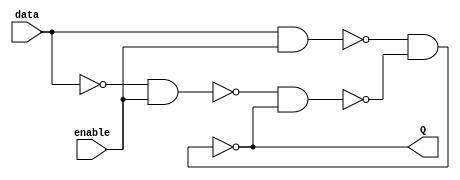
module DLatch(
  input wire enable,
  input wire data,
  output wire Q
);

  not(data_, data);
  nand(x, data, enable);
  nand(y, data_, enable); 
  nand(Q, x, Q1);
  nand(Q1, y, Q); 

endmodule // DLatch



module DFlipFlop(
  input wire clk,
  input wire data,
  output wire Q
);

  not(clk_, clk);
  
  DLatch d0(clk, data, y);
  DLatch d1(clk_, y, Q);

endmodule // DFlipFlop



module InstructionReg(
  input wire clk,
  input wire [8:0] dataIn,
  output wire [8:0] dataOut
);

  DFlipFlop d0(clk, dataIn[0], dataOut[0]);
  DFlipFlop d1(clk, dataIn[1], dataOut[1]);
  DFlipFlop d2(clk, dataIn[2], dataOut[2]);
  DFlipFlop d3(clk, dataIn[3], dataOut[3]);
  DFlipFlop d4(clk, dataIn[4], dataOut[4]);
  DFlipFlop d5(clk, dataIn[5], dataOut[5]);
  DFlipFlop d6(clk, dataIn[6], dataOut[6]);
  DFlipFlop d7(clk, dataIn[7], dataOut[7]);
  DFlipFlop d8(clk, dataIn[8], dataOut[8]);

endmodule // InstructionReg



module HalfAdder(
  input wire lhs,
  input wire rhs,
  output wire sum,
  output wire cout
);

  // Compute sum
  xor(sum, lhs, rhs);

  // Comput cout
  and(cout, lhs, rhs);

endmodule // HalfAdder



module Adder(
  input wire cin,
  input wire lhs,
  input wire rhs,
  output wire sum,
  output wire cout
);

  // Instantiate two half-adders
  HalfAdder halfAdderA(cin, lhs, buffer, carry_left);
  HalfAdder halfAdderB(buffer, rhs, sum, carry_right);

  // Compute cout
  or(cout, carry_left, carry_right);

endmodule // Adder



module TwoOneMux(
  input wire select,
  input wire [1:0] data,
  output wire result
);

  // Invert select line
  not(select_, select);
  
  // Compute products
  and(lhs, data[0], select_);
  and(rhs, data[1], select);

  // Compute sum
  or(result, lhs, rhs);

endmodule // TwoOneMux



module FourOneMux(
  input wire [1:0] select,
  input wire [3:0] data,
  output wire result
);

  // Instantiate layer one
  TwoOneMux muxA(select[0], {data[0], data[1]}, AB);
  TwoOneMux muxB(select[0], {data[2], data[3]}, BC);

  // Instantiate layer two
  TwoOneMux muxC(select[1], {AB, BC}, result);

endmodule // FourOneMux



module OverflowDetector(
  input wire lhs_msb,
  input wire rhs_msb,
  input wire sum_msb,
  output wire overflow
);

  // Invert inputs
  not(lhs_prime, lhs_msb);
  not(rhs_prime, rhs_msb);
  not(sum_prime, sum_msb);

  // Condition one (positive operands, negative sum)
  and(buffer_one, lhs_prime, rhs_prime);
  and(condition_one, buffer_one, sum_msb);

  // Contition two (negative operands, positive sum)
  and(buffer_two, lhs_msb, rhs_msb);
  and(condition_two, buffer_two, sum_prime);

  // Compute overflow
  or(overflow, condition_one, condition_two);

endmodule // OverflowDetector



module OneBitALU(
  input wire rhs_invert,
  input wire [1:0] opcode,
  input wire cin,
  input wire lhs,
  input wire rhs,
  input wire less,
  output wire result,
  output wire cout
);

  // Handle rhs inversion
  not(rhs_, rhs);
  TwoOneMux inverter(rhs_invert, {rhs_, rhs}, rhs_inverted);

  // Instantiate output mux
  FourOneMux mux(opcode, {and_out, or_out, sum_out, less}, result);

  // Instantiate operations
  and(and_out, lhs, rhs_inverted);
  or(or_out, lhs, rhs_inverted);
  Adder adder(cin, lhs, rhs_inverted, sum_out, cout);

endmodule // OneBitALU



module OneBitALU_Set(
  input wire rhs_invert,
  input wire [1:0] opcode,
  input wire cin,
  input wire lhs,
  input wire rhs,
  input wire less,
  output wire result,
  output wire overflow,
  output wire set
);

  // Handle rhs inversion
  not(rhs_, rhs);
  TwoOneMux inverter(rhs_invert, {rhs_, rhs}, rhs_inverted);

  // Instantiate output mux
  FourOneMux mux(opcode, {and_out, or_out, sum_out, less}, result);

  // Instantiate operations
  and(and_out, lhs, rhs_inverted);
  or(or_out, lhs, rhs_inverted);
  Adder adder(cin, lhs, rhs_inverted, sum_out, cout);   // NOTE: cout is unused in this block
  buf(set, sum_out);

  // Handle overflow detection
  OverflowDetector detector(lhs, rhs_inverted, sum_out, overflow);

endmodule // OneBitALU_Set



module ALU(
  input wire [2:0] opcode,
  input wire [3:0] lhs,
  input wire [3:0] rhs,
  output wire [3:0] result,
  output wire overflow,
  output wire zero
);

  // Instantiate four one-bit ALUs
  OneBitALU aluA(opcode[2], {opcode[1], opcode[0]}, opcode[2], lhs[0], rhs[0], set, result[0], coutA);
  OneBitALU aluB(opcode[2], {opcode[1], opcode[0]}, coutA, lhs[1], rhs[1], 1'b0, result[1], coutB);
  OneBitALU aluC(opcode[2], {opcode[1], opcode[0]}, coutB, lhs[2], rhs[2], 1'b0, result[2], coutC);
  OneBitALU_Set aluD(opcode[2], {opcode[1], opcode[0]}, coutC, lhs[3], rhs[3], 1'b0, result[3], overflow_buffer, set);

  // Compute zero
  or(left, result[0], result[1]);
  or(right, result[2], result[3]);
  or(zero_, left, right);
  not(zero, zero_);

  // Limit overflow to arithmetic operations
  and(overflow, overflow_buffer, opcode[1]);

endmodule // ALU



module RegFile(
  input wire clk,
  input wire [1:0] readRegA,
  input wire [1:0] readRegB,
  input wire [1:0] writeReg,
  input wire [3:0] writeData,
  output wire [3:0] readDataA,
  output wire [3:0] readDataB
);

  reg [3:0] memory [0:3];

  assign readDataA = memory[readRegA];
  assign readDataB = memory[readRegB];

  initial memory[0] = 0;

  always @(negedge clk) begin
    memory[writeReg] <= writeData;
  end

endmodule // RegFile



module LiDecoder(
  input wire [2:0] opcode,
  output wire result
);

  // Invert lower two bits
  not(op0_, opcode[0]);
  not(op1_, opcode[1]);

  // Compute product
  and(lowerBits, op0_, op1_);
  and(result, lowerBits, opcode[2]);

endmodule // LiDecoder



module CPU(
  input wire clk,
  input wire [8:0] instruction,
  output wire [3:0] writeData
);

  wire [8:0] IR;
  wire [3:0] lhs;
  wire [3:0] rhs;
  wire [3:0] aluResult;

  // Instatiate instruction register
  InstructionReg instructionReg(clk, instruction, IR);

  // Instantiate register file
  RegFile regFile(clk, IR[5:4], IR[3:2], IR[1:0], writeData, lhs, rhs);

  // Instantaite write-data mux
  TwoOneMux twoOneMux0(liResult, {IR[2], aluResult[0]}, writeData[0]);
  TwoOneMux twoOneMux1(liResult, {IR[3], aluResult[1]}, writeData[1]);
  TwoOneMux twoOneMux2(liResult, {IR[4], aluResult[2]}, writeData[2]);
  TwoOneMux twoOneMux3(liResult, {IR[5], aluResult[3]}, writeData[3]);

  // Instatiate the ALU
  ALU alu(IR[8:6], lhs, rhs, aluResult, overflow, zero);

  // Instantiate the li-decoder
  LiDecoder liDecoder(IR[8:6], liResult);

endmodule // CPU



module TestCPU;

  reg clk;
  reg [8:0] instruction;
  wire signed [3:0] writeData;

  CPU cpu(clk, instruction, writeData);

  initial begin
    $display("Instruction\tWriteData");
    $monitor("%b\t%b %d", instruction, writeData, writeData);
    #1; instruction = 9'b100111110; clk = 1; #1; clk = 0;           // Load 15 -> $2
    #1; instruction = 9'b100100011; clk = 1; #1; clk = 0;           // Load 8 -> $3
    #1; instruction = 9'b000101101; clk = 1; #1; clk = 0;           // $2 & $3 -> $1
    #1; instruction = 9'b110011011; clk = 1; #1; clk = 0;           // $1 - $2 -> $3
    #1; instruction = 9'b111110010; clk = 1; #1; clk = 0;           // SLT $2, $3, $0
    #1; instruction = 9'b010101101; clk = 1; #1; clk = 0;           // $2 + $3 -> $1
    #1; instruction = 9'b110000101; clk = 1; #1; clk = 0;           // $0 - $1 -> $1
    #1; instruction = 9'b001011011; clk = 1; #1; clk = 0;           // $1 | $2 -> $3
  end

endmodule // TestCPU